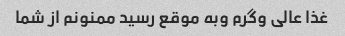
غذا عالی وگرم وبه موقع رسید ممنونم از شما